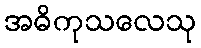
အဓိကုသလေသု